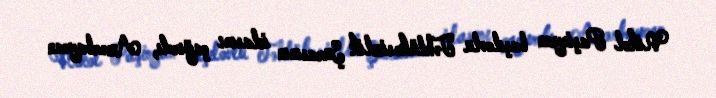
Nikol Paşinyan başılovlu Təhlükəsizlik Şurasının iclasını çağırdı, Azərbaycan